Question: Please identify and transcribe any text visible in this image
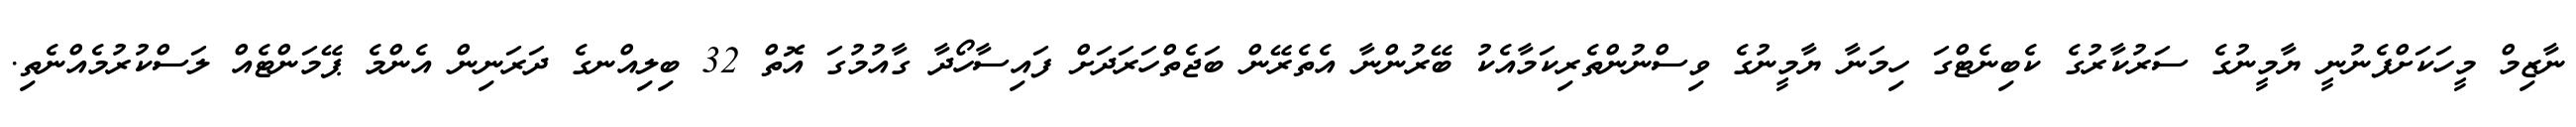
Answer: ނާޒިމް މީހަކަށްފެނުނީ ޔާމީނުގެ ސަރުކާރުގެ ކެބިނެޓްގަ ހިމަނާ ޔާމީނުގެ ވިސްނުންތެރިކަމާއެކު ބޭރުންނާ އެތެރޭން ބަޖެތްހަރަދަށް ފައިސާހޯދާ ގާއުމުގަ އޮތް 32 ބިލިއްނގެ ދަރަނިން އެންމެ ޕޭމަންޓެއް ލަސްކުރުމެއްނެތި.